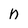
Character: n